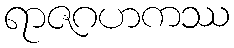
ရာဇဂဟကဿ